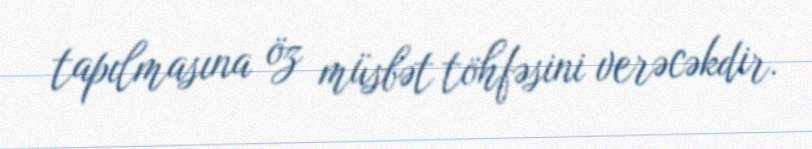
tapılmasına öz müsbət töhfəsini verəcəkdir.